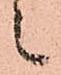
上